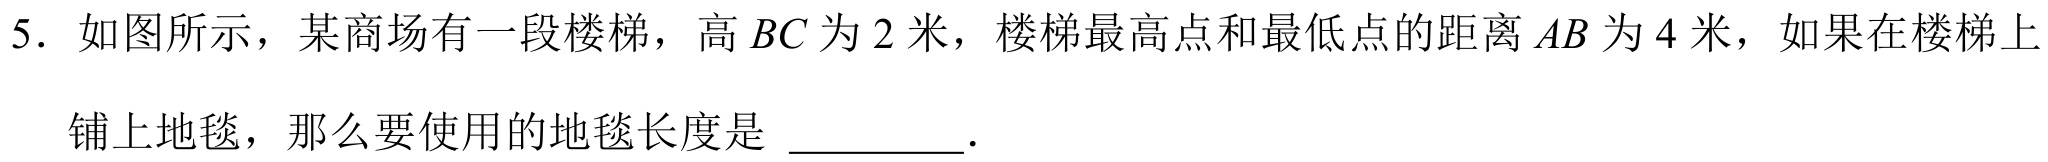
5. 如图所示，某商场有一段楼梯，高 \(BC\) 为 \(2\) 米，楼梯最高点和最低点的距离 \(AB\) 为 \(4\) 米，如果在楼梯上
铺上地毯，那么要使用的地毯长度是 \_\_\_\_\_ .